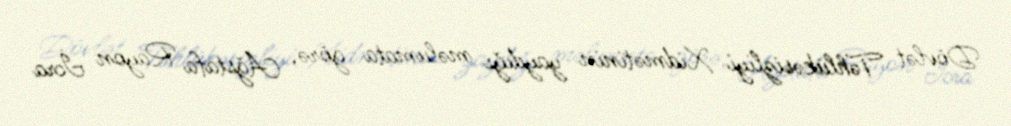
Dövlət Təhlükəsizliyi Xidmətinin yaydığı məlumata görə, Ağstafa Rayon İcra